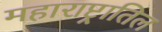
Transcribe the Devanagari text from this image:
महाराष्ट्रातिल